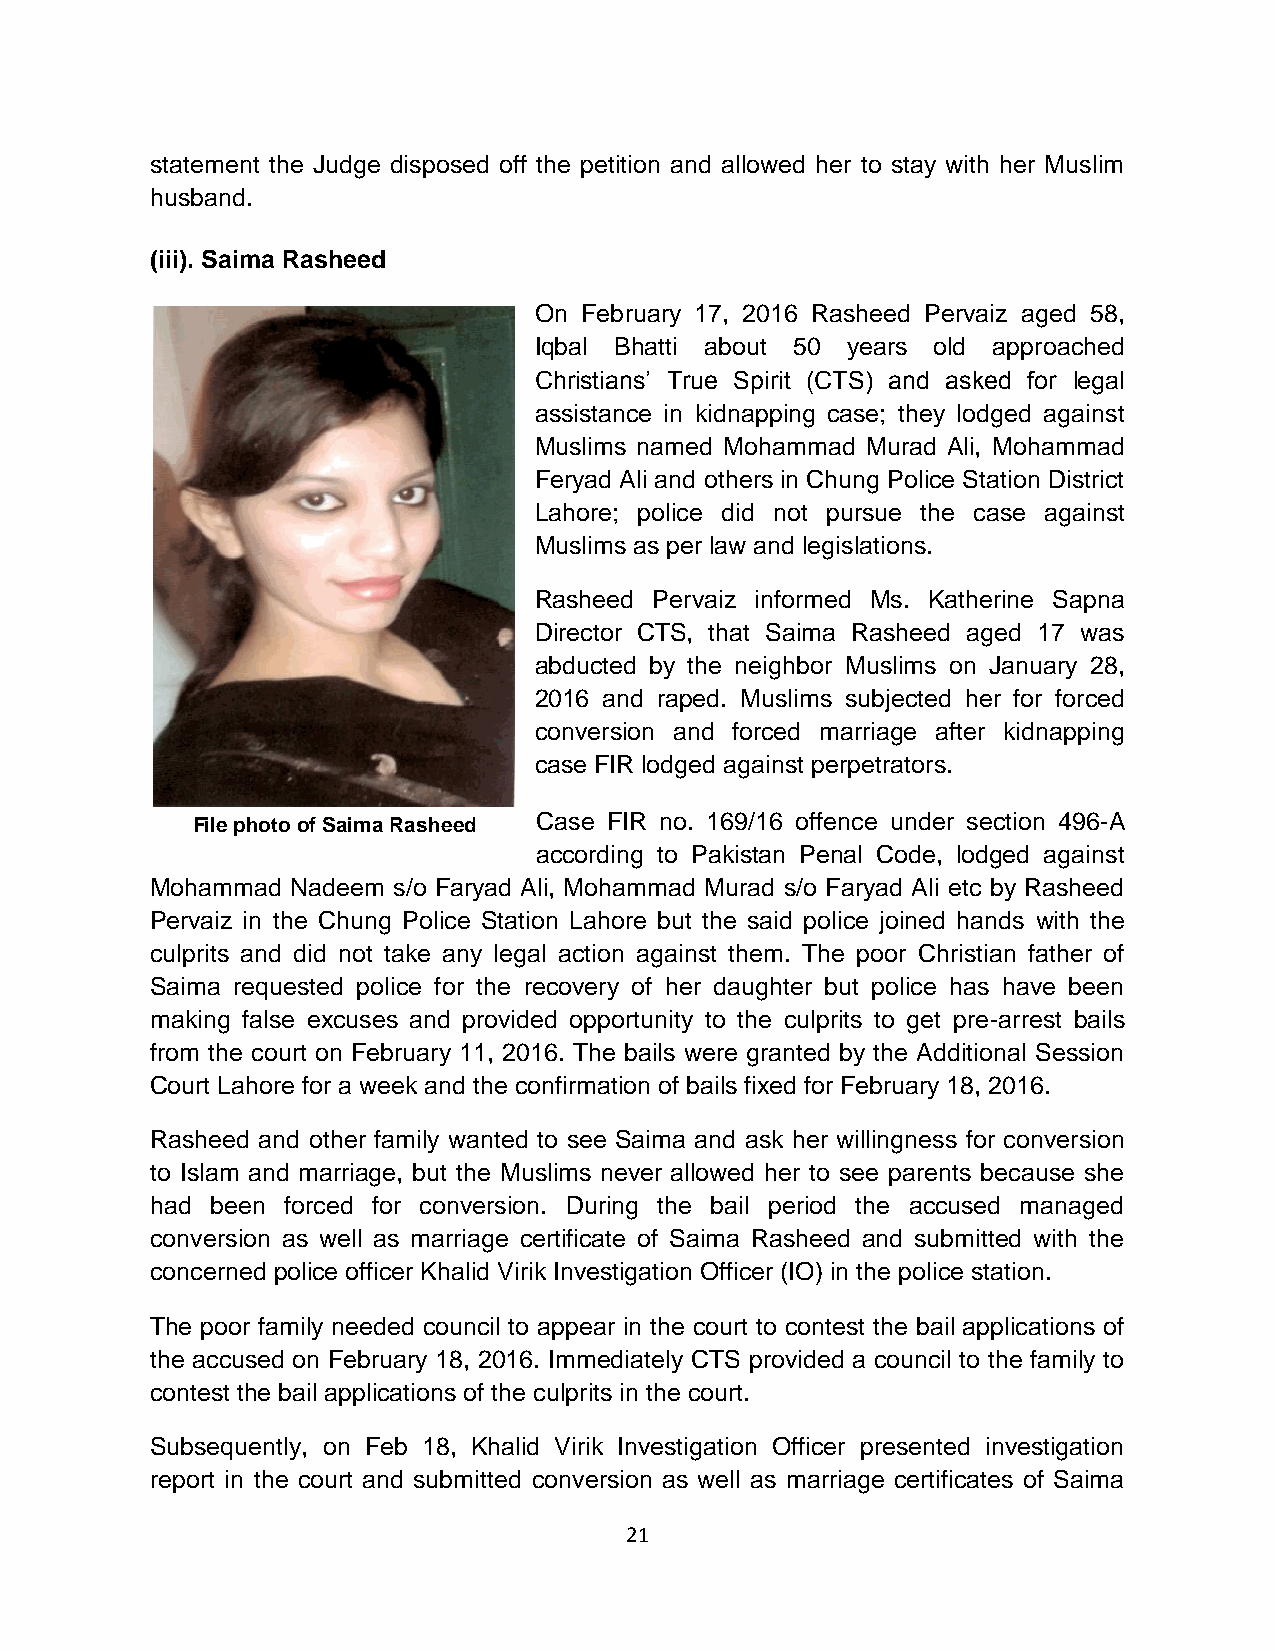
statement the Judge disposed off the petition and allowed her to stay with her Muslim
 husband.
 (iii). Saima Rasheed
 On February 17, 2016 Rasheed Pervaiz aged 58,
 Iqbal Bhatti about 50 years old approached
 Christians’ True Spirit (CTS) and asked for legal
 assistance in kidnapping case; they lodged against
 Muslims named Mohammad Murad Ali, Mohammad
 Feryad Ali and others in Chung Police Station District
 Lahore; police did not pursue the case against
 Muslims as per law and legislations.
 Rasheed Pervaiz informed Ms. Katherine Sapna
 Director CTS, that Saima Rasheed aged 17 was
 abducted by the neighbor Muslims on January 28,
 2016 and raped. Muslims subjected her for forced
 conversion and forced marriage after kidnapping
 case FIR lodged against perpetrators.
 File photo of Saima Rasheed Case FIR no. 169/16 offence under section 496-A
 according to Pakistan Penal Code, lodged against
 Mohammad Nadeem s/o Faryad Ali, Mohammad Murad s/o Faryad Ali etc by Rasheed
 Pervaiz in the Chung Police Station Lahore but the said police joined hands with the
 culprits and did not take any legal action against them. The poor Christian father of
 Saima requested police for the recovery of her daughter but police has have been
 making false excuses and provided opportunity to the culprits to get pre-arrest bails
 from the court on February 11, 2016. The bails were granted by the Additional Session
 Court Lahore for a week and the confirmation of bails fixed for February 18, 2016.
 Rasheed and other family wanted to see Saima and ask her willingness for conversion
 to Islam and marriage, but the Muslims never allowed her to see parents because she
 had been forced for conversion. During the bail period the accused managed
 conversion as well as marriage certificate of Saima Rasheed and submitted with the
 concerned police officer Khalid Virik Investigation Officer (IO) in the police station.
 The poor family needed council to appear in the court to contest the bail applications of
 the accused on February 18, 2016. Immediately CTS provided a council to the family to
 contest the bail applications of the culprits in the court.
 Subsequently, on Feb 18, Khalid Virik Investigation Officer presented investigation
 report in the court and submitted conversion as well as marriage certificates of Saima
 21